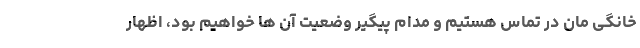
خانگی مان در تماس هستیم و مدام پیگیر وضعیت آن ها خواهیم بود، اظهار